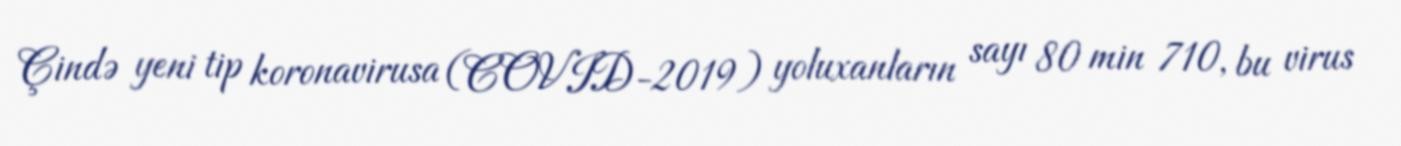
Çində yeni tip koronavirusa (COVID-2019) yoluxanların sayı 80 min 710, bu virus